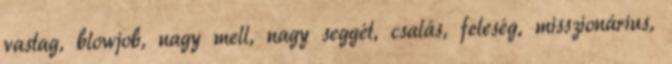
vastag, blowjob, nagy mell, nagy seggét, csalás, feleség, misszionárius,